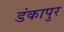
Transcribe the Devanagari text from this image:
डंकापुर